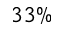
3 3 \%